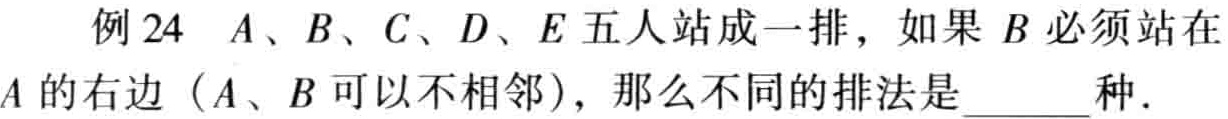
例 24 \(A、B、C、D、E\) 五人站成一排，如果 \(B\) 必须站在 \(A\) 的右边（\(A、B\) 可以不相邻），那么不同的排法是______种．